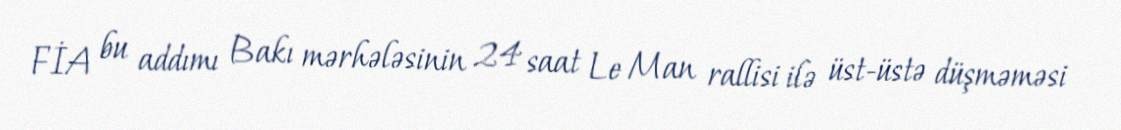
FİA bu addımı Bakı mərhələsinin 24 saat Le Man rallisi ilə üst-üstə düşməməsi